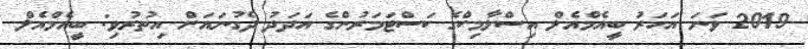
2019 ވަނަ އަހަރު ބީއެމްއެލް އިސްލާމިކްގެ ކަސްޓަމަރުންގެ އަދަދު ދެގުނައަށް އިތުރުވި: ބީއެމްއެލް